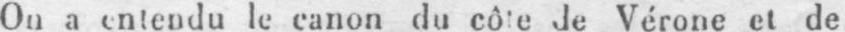
On a entendu le canon du côte de Vérone et de